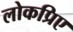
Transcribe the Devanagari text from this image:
लोकप्रिए